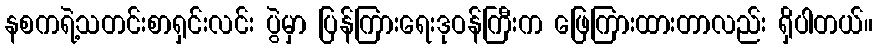
နစကရဲ့သတင်းစာရှင်းလင်း ပွဲမှာ ပြန်ကြားရေးဒုဝန်ကြီးက ဖြေကြားထားတာလည်း ရှိပါတယ်။